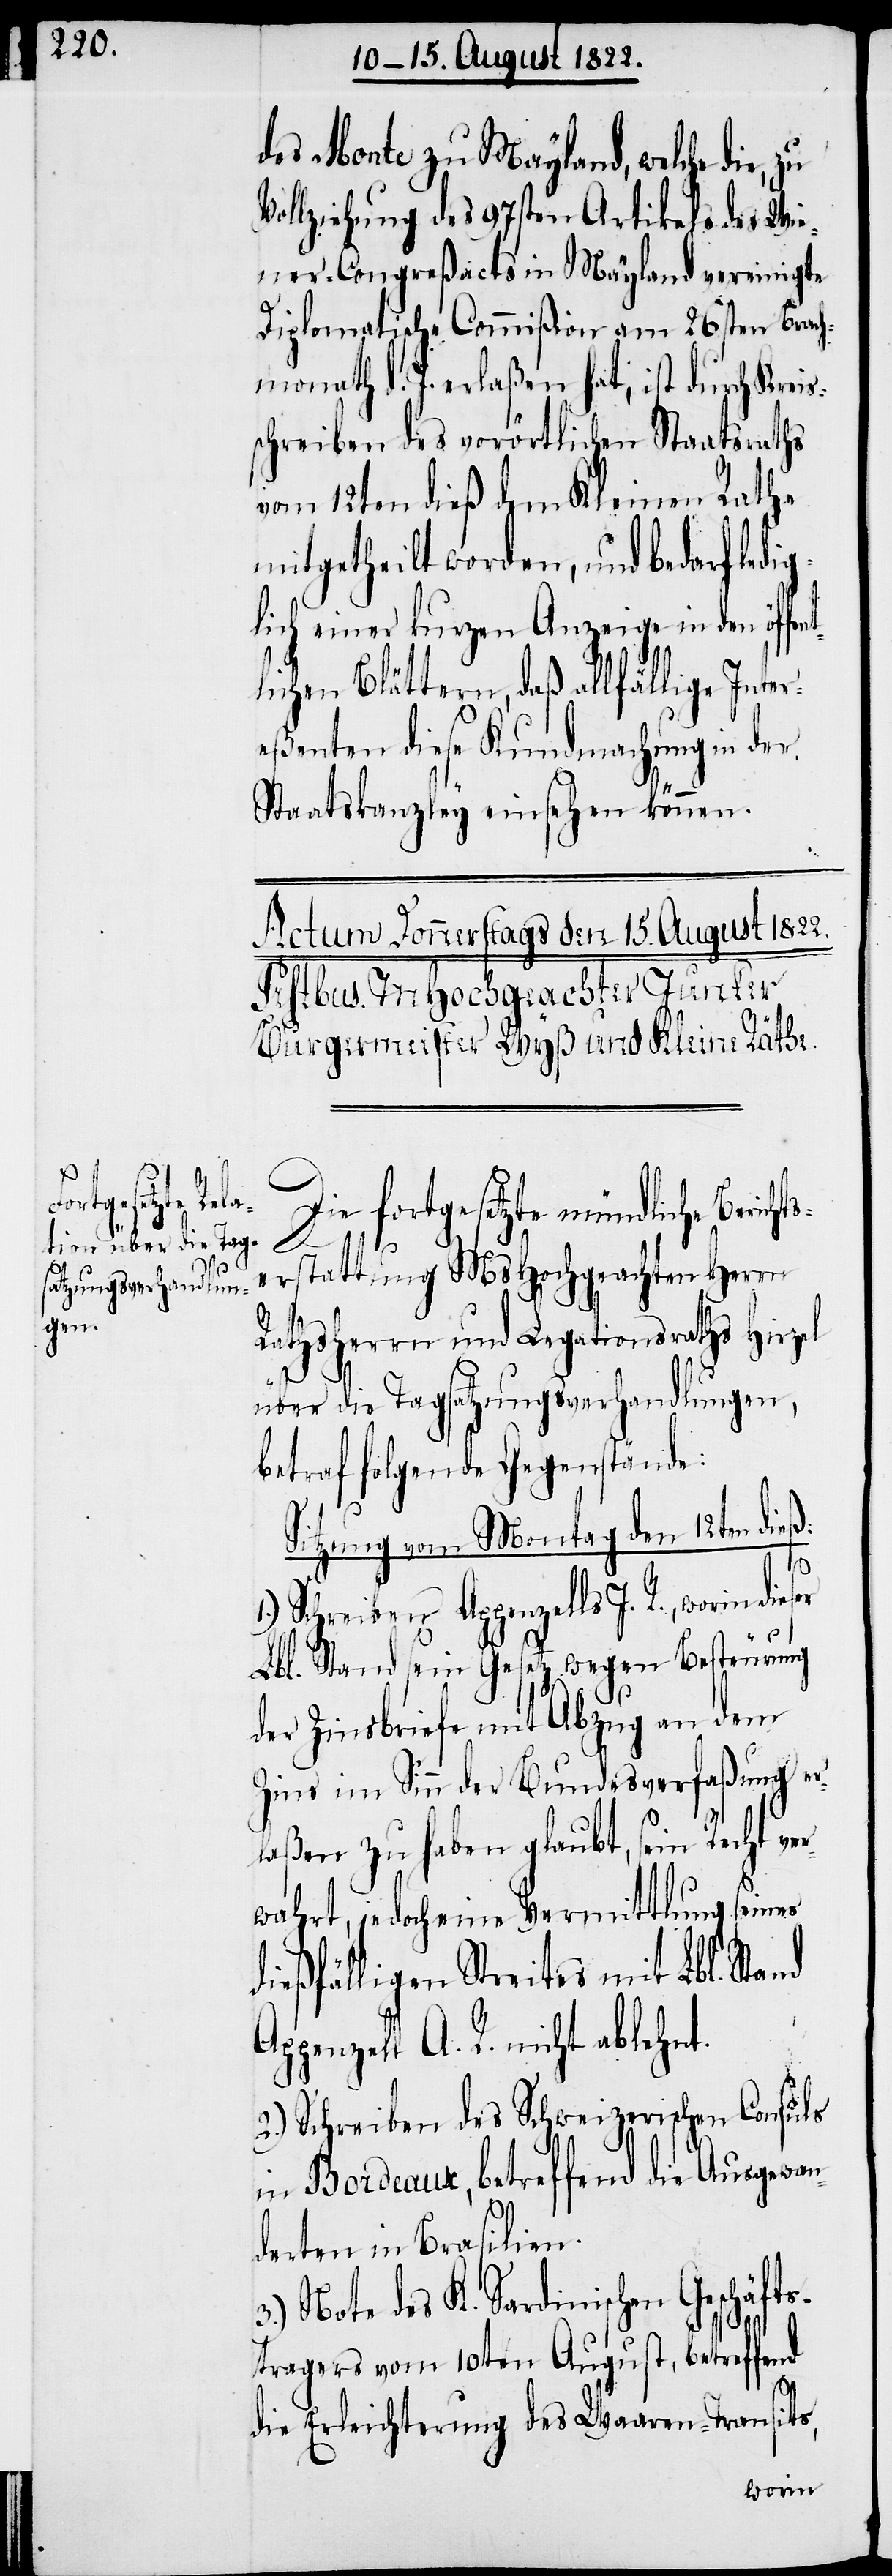
des Monte zu Mayland, welche die,
Vollziehung des 97sten Artikels des Wie¬
ner-Congreßacts in Mayland vereinigte
Diplomatische Commißion am 26sten Brach¬
monath d. J. erlaßen hat, ist durch Kreis¬
schreiben des vorörtlichen Staatsraths
vom 12ten dieß dem Kleinen Rathe
mitgetheilt worden, und bedarf le¬
lich einer kurzen Anzeige in den öff¬
lichen Blättern, daß allfällige Inte¬
reßenten diese Kundmachung in der
Staatskanzley einsehen können.
Die fortgesetzte mündliche Berich¬
ts¬
erstattung MsHochgeachten Herrn
Rathsherrn und Legationsraths Hirzel
über die Tagsatzungsverhandlungen,
betraf folgende Gegenstände:
Sitzung vom Montag den 12ten dieß:
er
1.) Schreiben Appenzells I. R. worin dies¬
Lbl. Stand sein Gesetz wegen Besteuerung
der Zinsbriefe mit Abzug an dem
Zins im Sinn der Bundesverfaßung er¬
laßen zu haben glaubt, sein Recht ve¬
rwahrt, jedoch eine Vermittlung seines
dießfälligen Streites mit Lbl. Stand
Appenzell A. R. nicht ablehnt.
2.) Schreiben des Schweizerischen Consuls
in Bordeaux, betreffend die Ausgewan¬
derten in Brasilien.
3.) Note des K. Sardinischen Geschäfts¬
dig¬
tragers vom 10ten August, betreffend
die Erleichterung des Waaren-Transits,